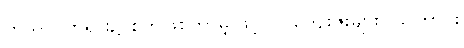
ကုသိုလ်တရား၌ စိတ်ဖြစ်ကာမျှဖြင့်ပင် ကျေးဇူးများလှကြောင်း